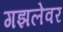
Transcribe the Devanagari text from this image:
गझलेवर